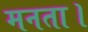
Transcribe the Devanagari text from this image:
मनता।